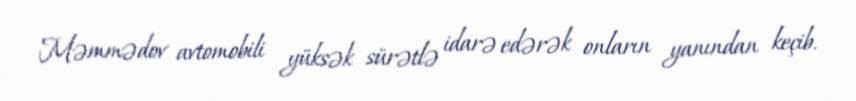
Məmmədov avtomobili yüksək sürətlə idarə edərək onların yanından keçib.